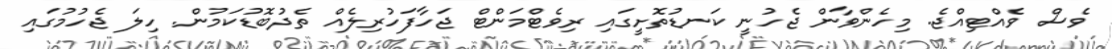
ވެސް ވެއްޓިއްޖެ. މިހެންވާން ޖެހުނީ ކަނޑުތޮށީގައި ރިވެޓްމަންޓް ޖަހާފަހުރިލެއް ތެދުބޮޑުކަމުން. ހިލަ ޖެހުމުގައި